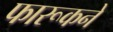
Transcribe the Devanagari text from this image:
फारूकने